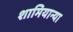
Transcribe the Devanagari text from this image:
शामियान्या